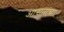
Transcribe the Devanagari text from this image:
आसनांचा